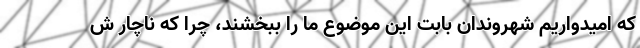
که امیدواریم شهروندان بابت این موضوع ما را ببخشند، چرا که ناچار ش